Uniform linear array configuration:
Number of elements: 48
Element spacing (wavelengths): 0.75
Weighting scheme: kaiser
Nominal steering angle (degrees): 60
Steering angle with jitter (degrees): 58.06
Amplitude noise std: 0.05
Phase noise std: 0.05

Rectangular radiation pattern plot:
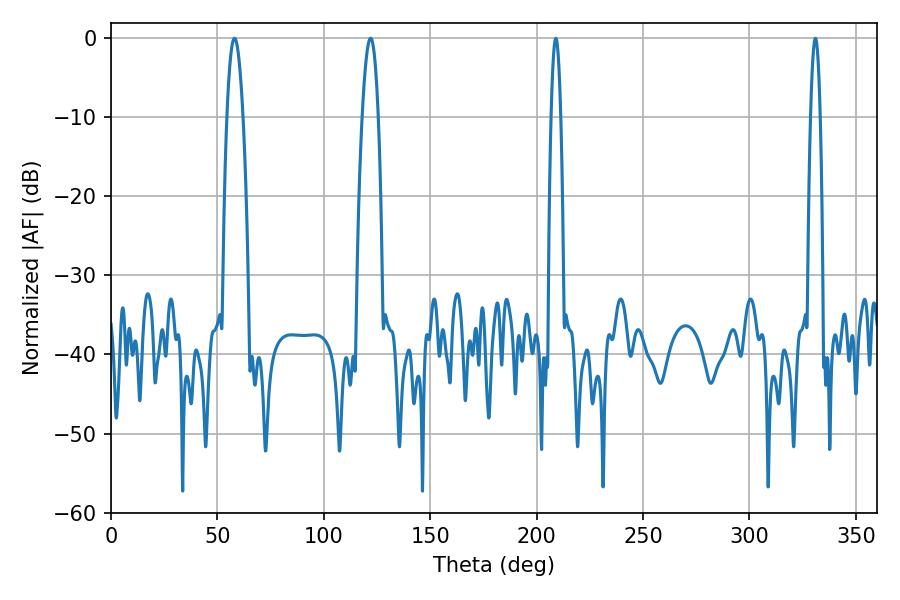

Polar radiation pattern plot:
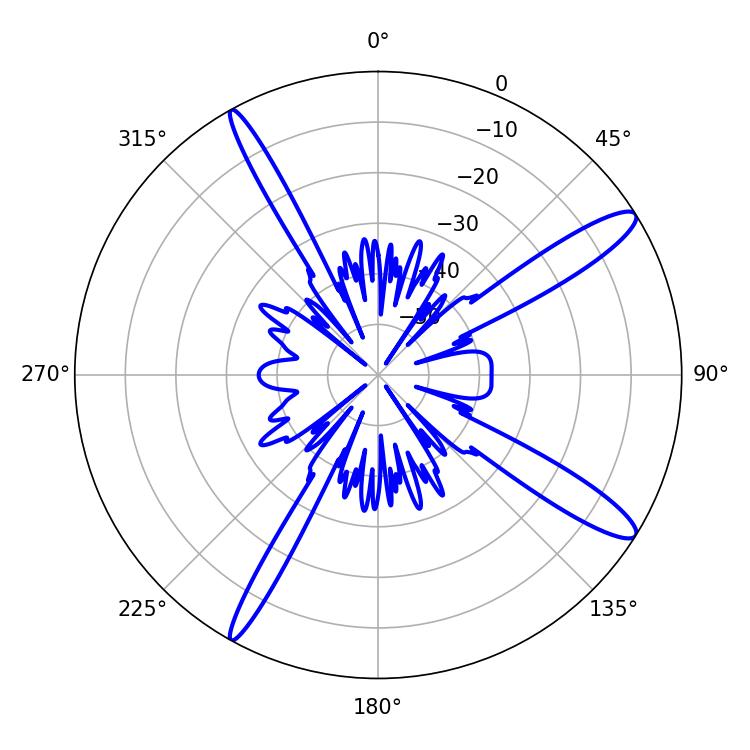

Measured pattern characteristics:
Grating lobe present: TRUE
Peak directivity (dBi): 13.586
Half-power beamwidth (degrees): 2.34
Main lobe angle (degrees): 208.98